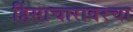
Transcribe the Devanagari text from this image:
हिंसाचारावरचा